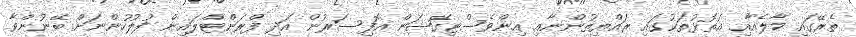
ތެރޭގައި މާލެއާއި އަތޮޅުތަކުގައި ރައްޔިތުންނާއި އިންވެސްޓިގޭޝަން އޮފިސަރުން އަދި ފްރަންޓްލައިން ފުލުހުންނަށް ބޭނުންވާ